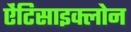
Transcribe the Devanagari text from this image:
ऐंटिसाइक्लोन